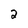
Character: 2